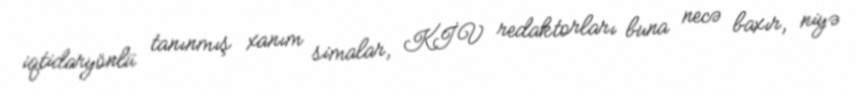
iqtidaryönlü tanınmış xanım simalar, KİV redaktorları buna necə baxır, niyə